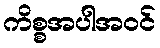
ကိစ္စအပါအဝင်